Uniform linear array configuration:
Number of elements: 8
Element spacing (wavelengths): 0.5
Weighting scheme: uniform
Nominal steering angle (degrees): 15
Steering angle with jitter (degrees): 15.997
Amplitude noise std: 0.05
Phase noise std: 0.05

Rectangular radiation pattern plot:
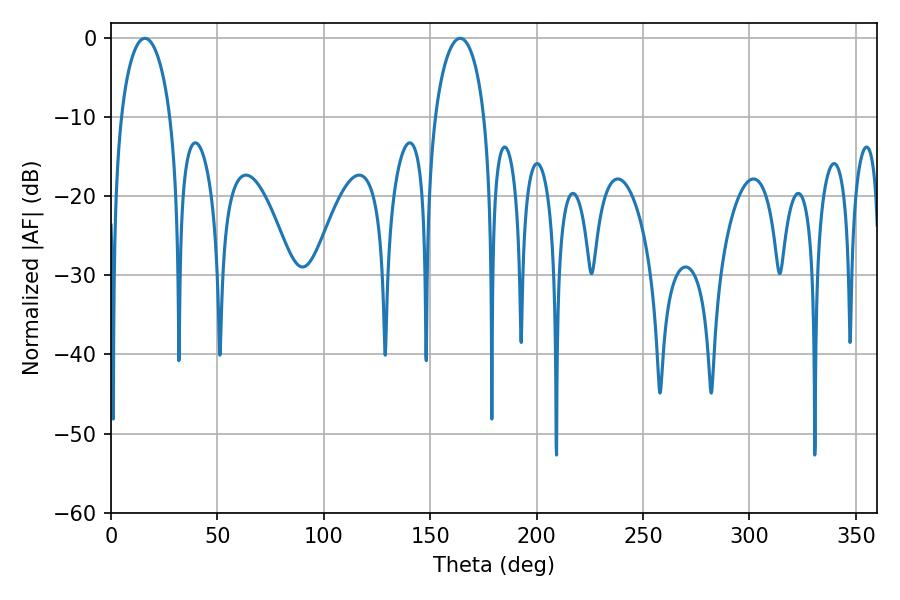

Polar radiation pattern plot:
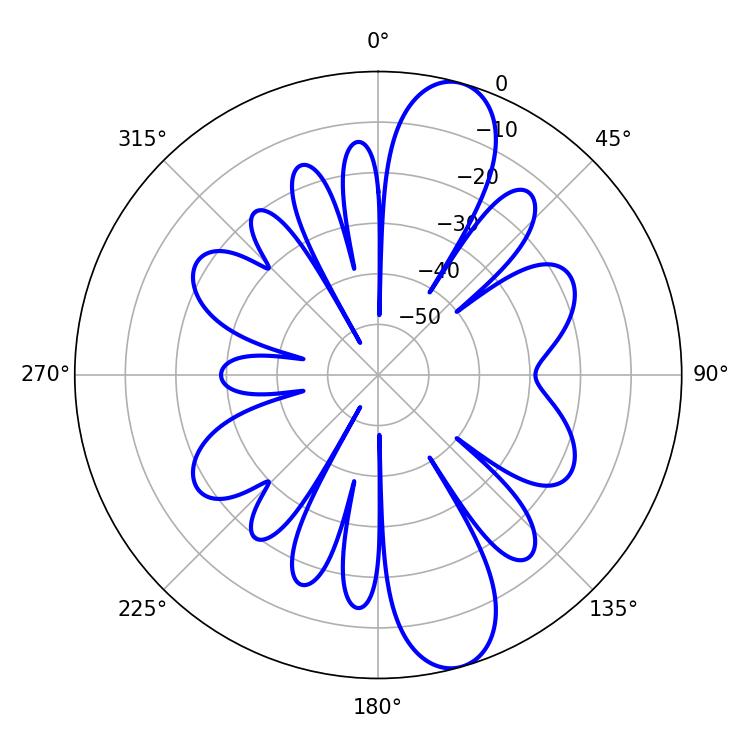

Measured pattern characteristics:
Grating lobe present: FALSE
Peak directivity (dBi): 11.533
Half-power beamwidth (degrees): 13.32
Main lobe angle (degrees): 16.02